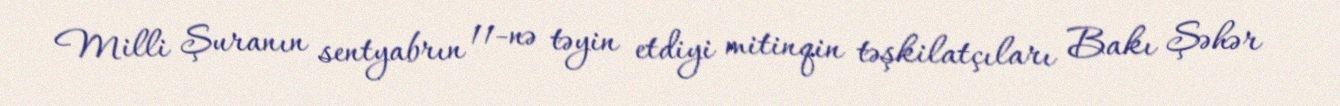
Milli Şuranın sentyabrın 11-nə təyin etdiyi mitinqin təşkilatçıları Bakı Şəhər